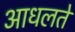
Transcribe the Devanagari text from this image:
आधलते